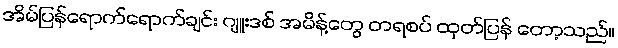
အိမ်ပြန်ရောက်ရောက်ချင်း ဂျူးဒစ် အမိန့်တွေ တရစပ် ထုတ်ပြန် တော့သည်။